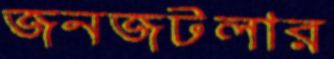
জনজটলার